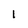
Character: 1